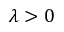
\lambda > 0